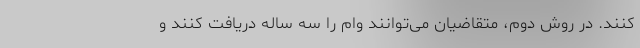
کنند. در روش دوم، متقاضیان می‌توانند وام را سه ساله دریافت کنند و